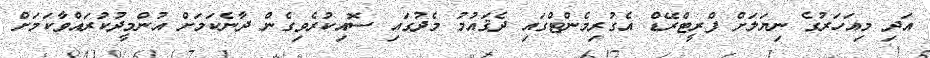
އަދި މިއަހަރުގެ ނިޔަލަށް ފްރީޓްރޭޑް އެގުރިމެންޓްގައި ދެޤައުމު މެދުގައި ސޮއިކުރެވިގެން ދާނެކަމަށް އުންމީދުކުރައްވާކަމަށް